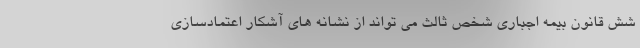
شش قانون بیمه اجباری شخص ثالث می تواند از نشانه های آشکار اعتمادسازی